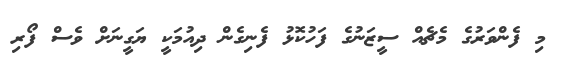
މި ފެންވަރުގެ މެޗެއް ސީޒަނުގެ ފަހުކޮޅު ފެނިގެން ދިއުމަކީ ޔަގީނަށް ވެސް ފޯރި